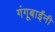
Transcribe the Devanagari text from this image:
गंगूबाईंनी